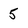
Character: 5